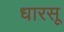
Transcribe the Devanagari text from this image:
धारसू